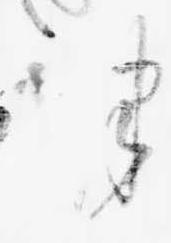
つ